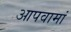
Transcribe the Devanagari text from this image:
आपवामां